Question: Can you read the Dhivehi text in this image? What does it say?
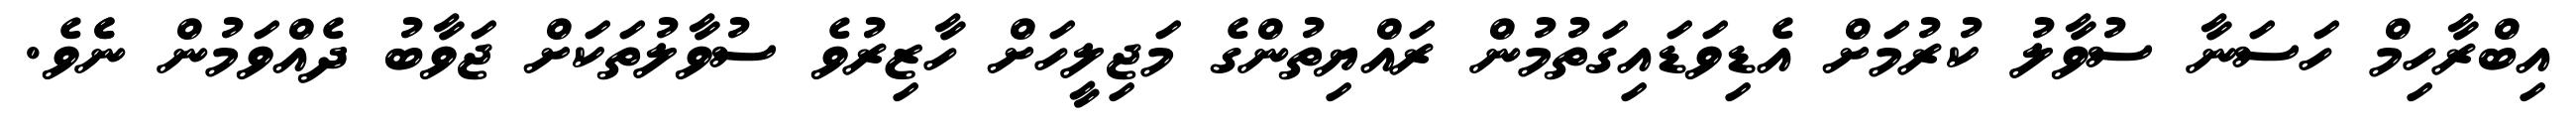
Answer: އިބްރާހިމް ހަސަނާ ސުވާލު ކުރުމަށް އެޑިވަޑައިގަތުމުން ރައްޔިތުންގެ މަޖިލީހަށް ހާޒިރުވެ ސުވާލުތަކަށް ޖަވާބު ދެއްވަމުން ނެެވެ.